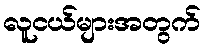
လူငယ်များအတွက်